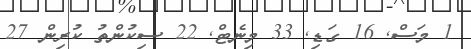
1 މަސް